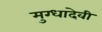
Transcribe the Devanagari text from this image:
मुग्धादेवी